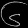
Digit: ၆